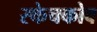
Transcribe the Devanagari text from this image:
स्केचकोव